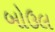
બોઉલ